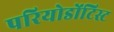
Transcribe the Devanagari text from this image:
परियोडोंटिस्ट